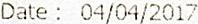
DATE : 04/04/2017